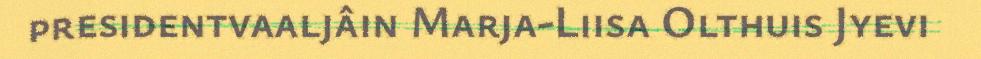
presidentvaaljâin Marja-Liisa Olthuis Jyevi